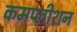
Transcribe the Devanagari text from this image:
कमप्लीशन